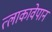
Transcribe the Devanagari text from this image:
त्लाकावेपान